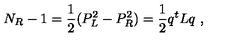
N _ { R } - 1 = \frac { 1 } { 2 } ( P _ { L } ^ { 2 } - P _ { R } ^ { 2 } ) = \frac { 1 } { 2 } q ^ { t } L q \ ,